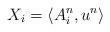
LaTeX: \begin{align*}X_i=\langle A_i^n,u^n \rangle\end{align*}